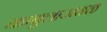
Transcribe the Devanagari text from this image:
काबुलाजवळ